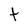
Character: t